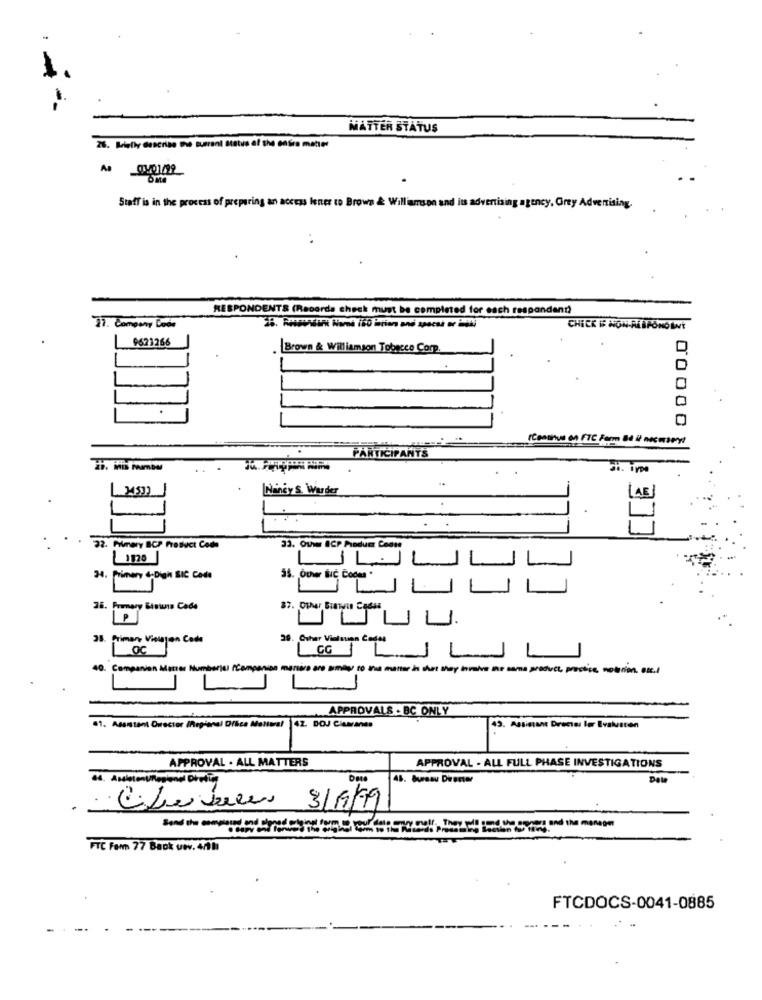
MATTER STATUS
26. Briefly describe the Buerant Status of the enúra matter
A1 0/01/99
Staff is in the process of preparing an access lener to Brown & Williamson and its advertising agency, Grey Advertising.
RESPONDENTS (Recorda check must be completed for each respandand)
11. Company Coon
9621266
Brown & Williamson Tobacco Corp.
00000
(Continue on FTC Form Bå it necessary
PARTICIPANTS
CCE i
Ningy S. War der
(AE)
Filmery BCP Product Code
33. Othe BCP Product Conne
1120
34. Primary 4-Dign BIC Code
25. Primary Biniuns Code
37. Other Giannis Codes
P
B. Griman Vielaton Code
OC
25. Other Vidinuan Conal
J
1 CG 1
~JL
40. Companion Matter Numbers (Companion manière are smag to Ina mantar in that they invmive the sama product, practice, noterion. es .!
L
APPROVALS - BC ONLY
43. Assistant Drectas ler Evalusten
APPROVAL . ALL MATTERS
APPROVAL - ALL FULL PHASE INVESTIGATIONS
Date
48. bureau Discor
Dola
CiLeveles 3/9/19
Phones and the mensen
FTC Fom 77 Back uwv. 4/1
FTCDOCS-0041-0885